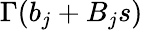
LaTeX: \Gamma(b_{j}+B_{j}s)